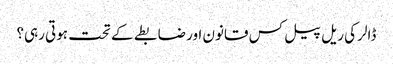
ڈالر کی ریل پیل کس قانون اور ضابطے کے تحت ہوتی رہی؟